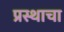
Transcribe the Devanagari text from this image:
प्रस्थाचा